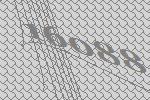
16088